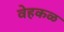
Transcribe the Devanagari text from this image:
वेहकळ